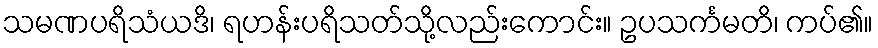
သမဏပရိသံယဒိ၊ ရဟန်းပရိသတ်သို့လည်းကောင်း။ ဥပသင်္ကမတိ၊ ကပ်၏။